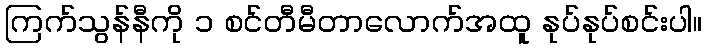
ကြက်သွန်နီကို ၁ စင်တီမီတာလောက်အထူ နုပ်နုပ်စင်းပါ။